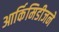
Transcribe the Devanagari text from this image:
आर्किमिडीजने